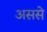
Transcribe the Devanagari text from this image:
अससे